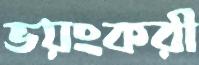
ভয়ংকরী